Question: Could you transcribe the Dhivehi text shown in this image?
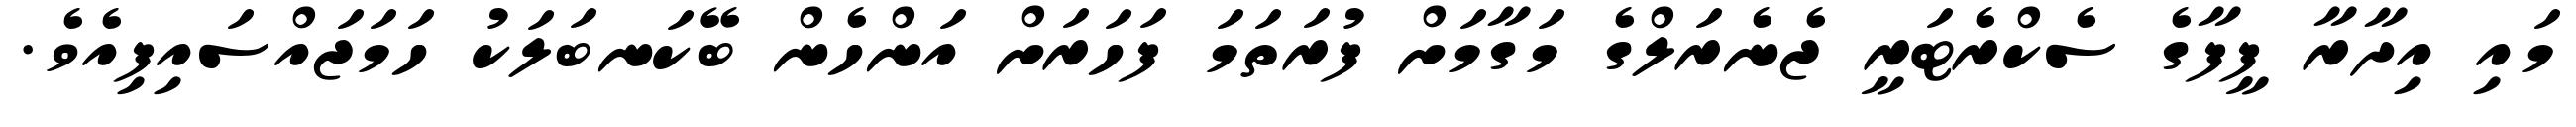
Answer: މައި އިދާރާ ފީފާގެ ސެކްރެޓަރީ ޖެނެރަލްގެ މަގާމަށް ފުރަތަމަ ފަހަރަށް އަންހެން ބޭކަނބަލަކު ހަމަޖައްސައިފިއެވެ.